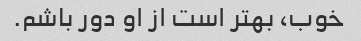
خوب، بهتر است از او دور باشم.